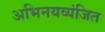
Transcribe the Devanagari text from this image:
अभिनयव्यंजित